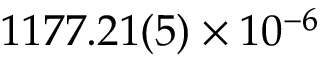
1 1 7 7 . 2 1 ( 5 ) \times 1 0 ^ { - 6 }